Newspaper: Daily press and Dakotaian. [volume]
Place of publication: Yankton, Dakota Territory [S.D.]
Publisher: Bowen & Kingsbury
Date: 1875-12-30 00:00:00
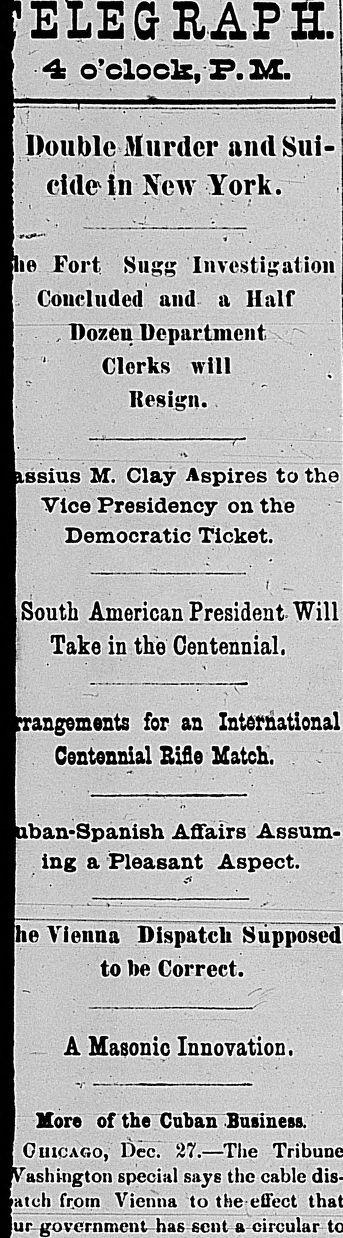
Advertisement text (OCR):
ELEG 4 orclock, P. LC. j)oublc Murder and Sui­ cide in New York, -7 Investigation le Fort. Su Coucludcd and a Half Dozeu Department. I Clerks will WM Resign. ssius M. Clay Aspires to the Vice Presidency on the Democratic Ticket. •i3P South American President. Will Take in the Centennial, is? l,V6 angements for an International Centennial Bifle Match. ban-Spanish Affairs Assum ing a Pleasant Aspect. he Vienna Dispatch Supposed to be Correct. '.v- A Masonic Innovation -Y-S-- More of the Cuban Business. CHICAGO, Dec. 27.—The 'ashington special says the cable atch from Vienna to the effect urgovernment has sent a circular
Label: text-only